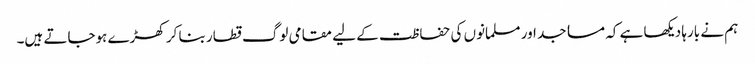
ہم نے بارہا دیکھا ہے کہ مساجد اور مسلمانوں کی حفاظت کے لیے مقامی لوگ قطار بنا کر کھڑے ہوجاتے ہیں۔